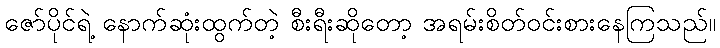
ဇော်ပိုင်ရဲ့ နောက်ဆုံးထွက်တဲ့ စီးရီးဆိုတော့ အရမ်းစိတ်ဝင်းစားနေကြသည်။